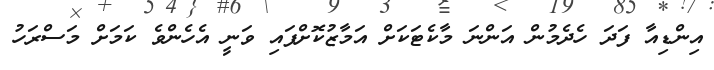
އިންޑިއާ ފަދަ ހެދެމުން އަންނަ މާކެޓަކަށް އަމާޒުކޮށްފައި ވަނީ އެހެންވެ ކަމަށް މަސްރަހު